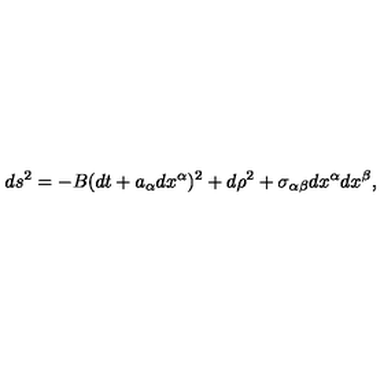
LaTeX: d s ^ { 2 } = - B ( d t + a _ { \alpha } d x ^ { \alpha } ) ^ { 2 } + d \rho ^ { 2 } + \sigma _ { \alpha \beta } d x ^ { \alpha } d x ^ { \beta } ,